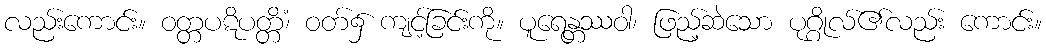
လည်းကောင်း။ ဝတ္တပဋိပတ္တိံ၊ ဝတ်၌ ကျင့်ခြင်းကို။ ပူရေန္တဿဝါ၊ ဖြည့်ဆဲသော ပုဂ္ဂိုလ်၏လည်း ကောင်း။